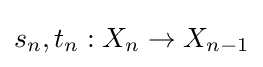
s_{n},t_{n}:X_{n}\to X_{n-1}